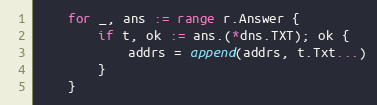
Language: Go
	for _, ans := range r.Answer {
		if t, ok := ans.(*dns.TXT); ok {
			addrs = append(addrs, t.Txt...)
		}
	}